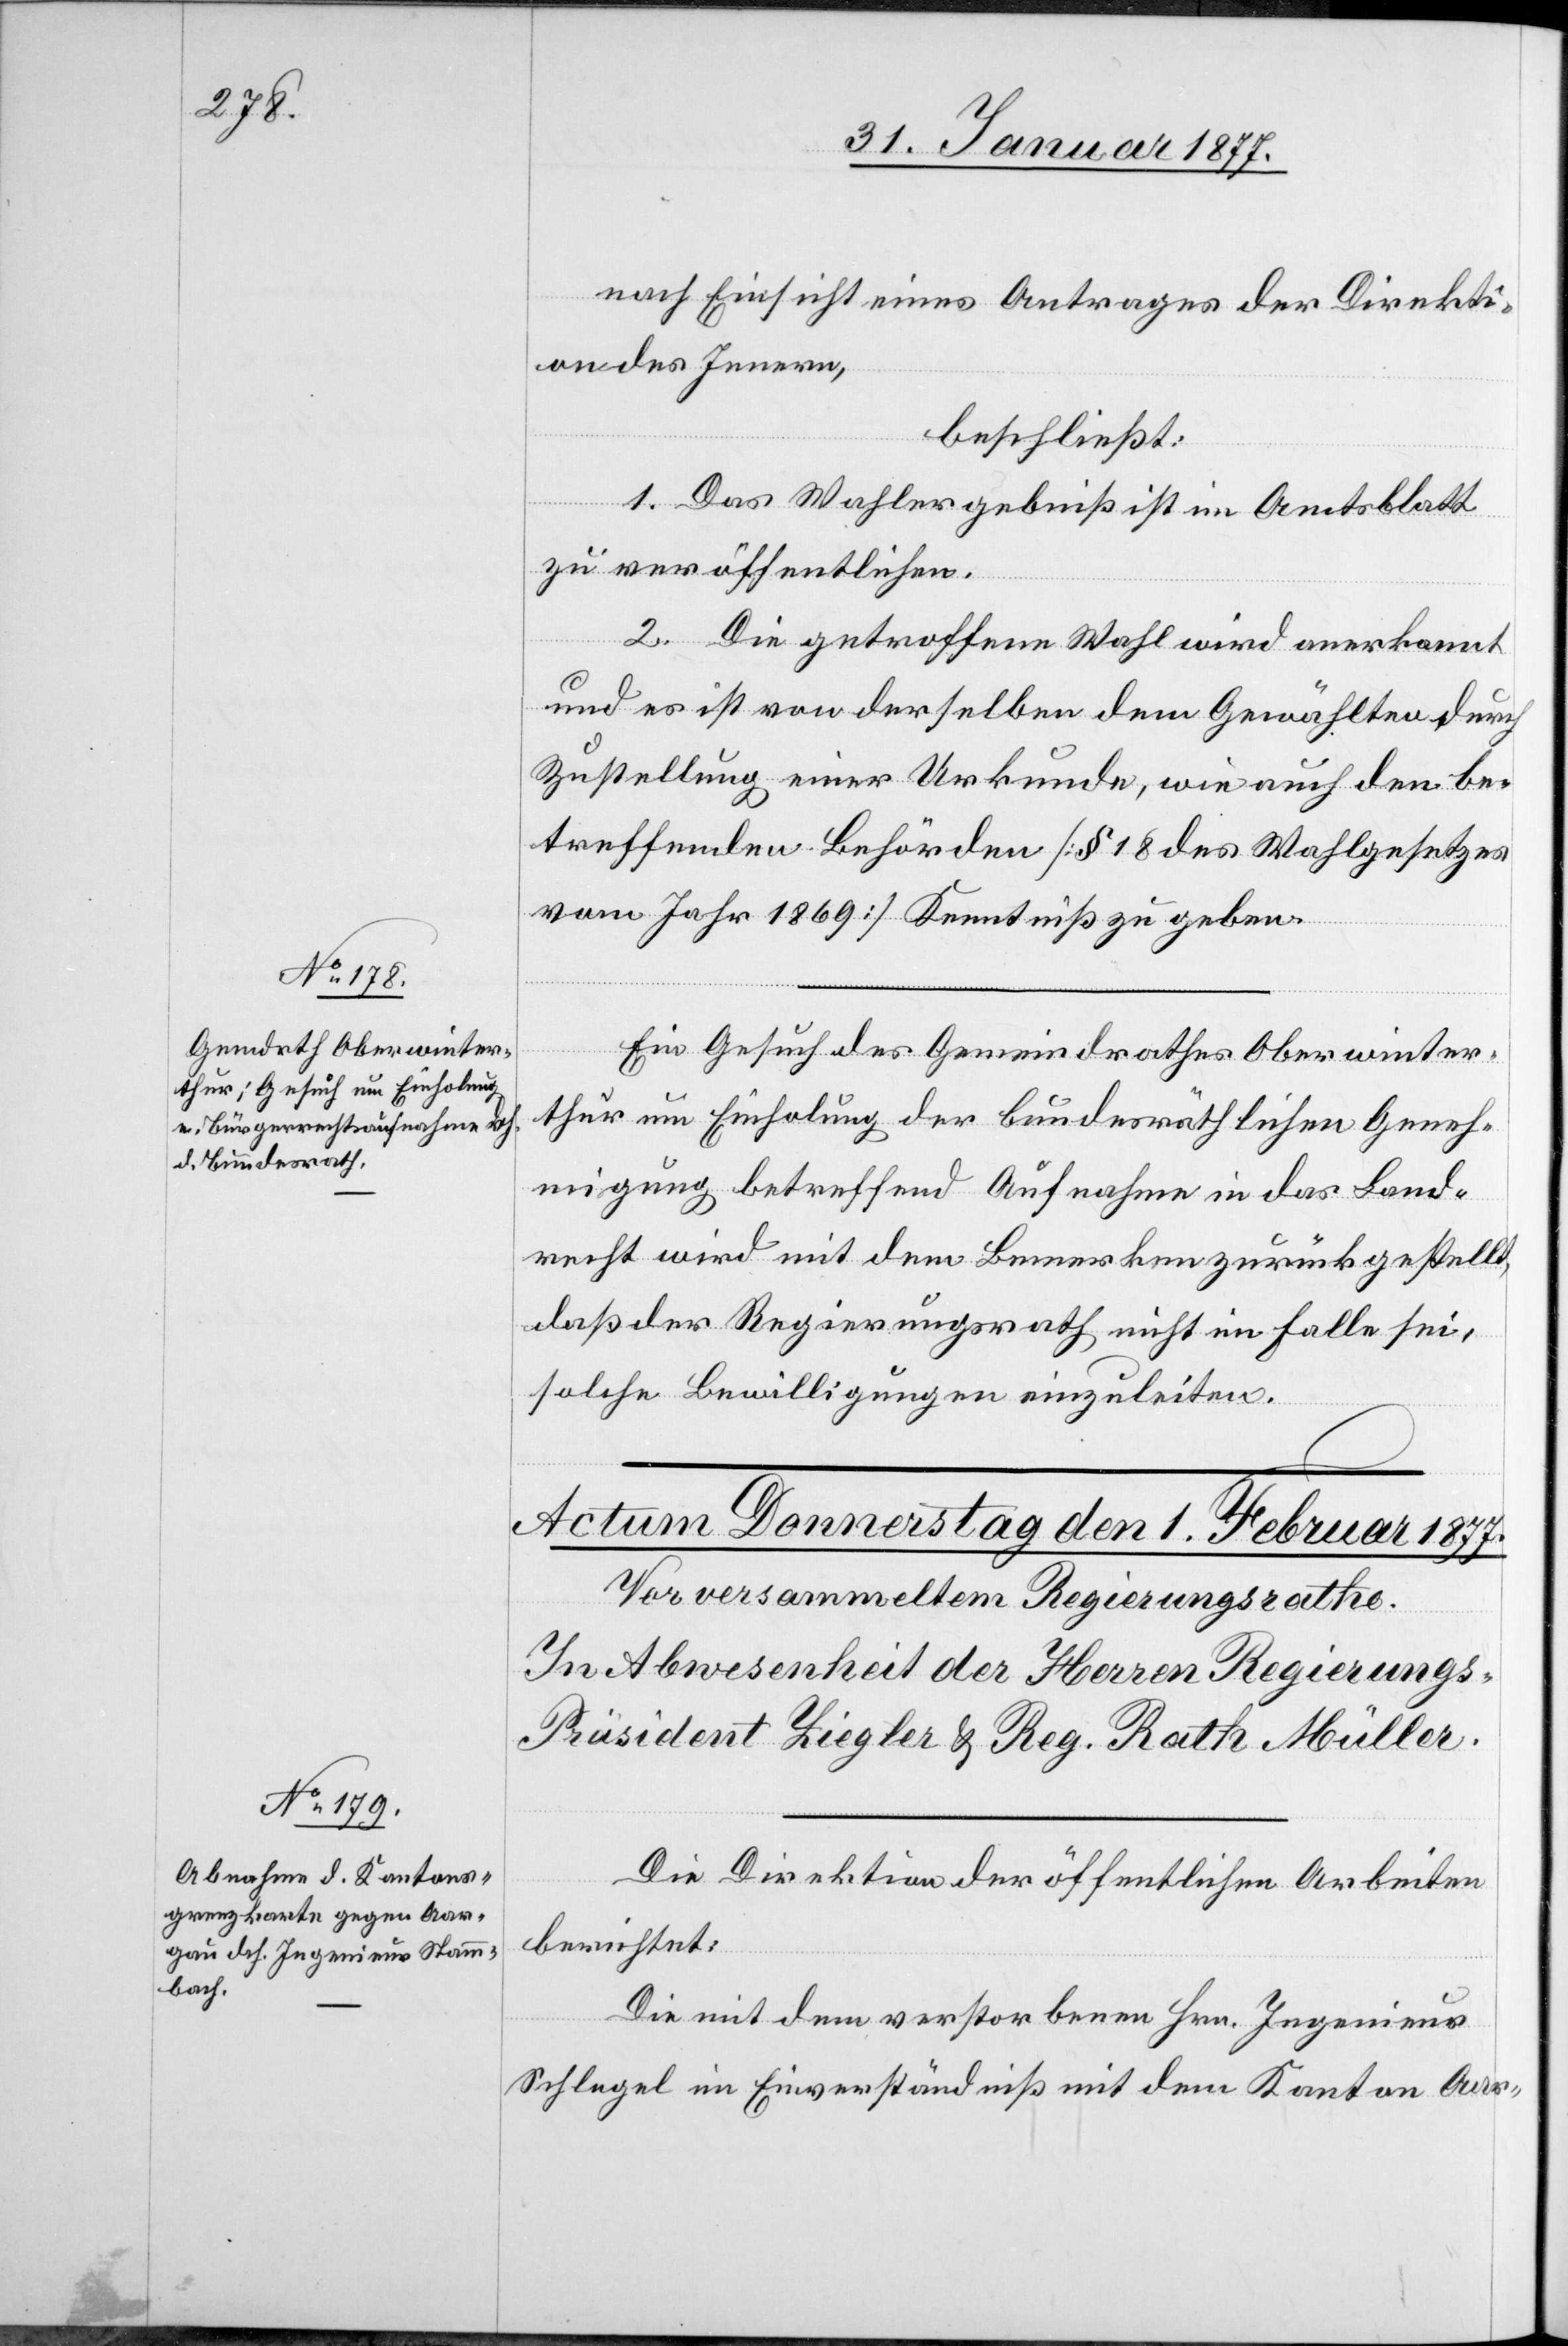
nach Einsicht eines Antrages der Direkti¬
on des Innern,
beschließt:
1. Das Wahlergebniß ist im Amtsblatt
zu veröffentlichen.
2. Die getroffene Wahl wird anerkannt
und es ist von derselben dem Gewählten durch
Zustellung einer Urkunde, wie auch den be¬
treffenden Behörden [§ 18 des Wahlgesetzes
vom Jahr 1869] Kenntniß zu geben.
Ein Gesuch des Gemeindrathes Oberwinter¬
thur um Einholung der bundesräthlichen Geneh¬
migung betreffend Aufnahme in das Land¬
recht wird mit dem Bemerken zurückgestellt,
daß der Regierungsrath nicht im Falle sei,
solche Bewilligungen einzuleiten.
Die Direktion der öffentlichen Arbeiten
berichtet:
Die mit dem verstorbenen Hrn. Ingenieur
Schlegel im Einverständniß mit dem Kanton Aar-